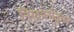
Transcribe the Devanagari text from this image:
निर्वाणोत्सव